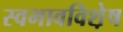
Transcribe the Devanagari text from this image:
स्वभावविशे़ष